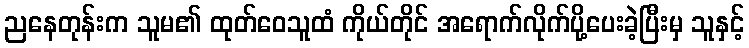
ညနေတုန်းက သူမ၏ ထုတ်ဝေသူထံ ကိုယ်တိုင် အရောက်လိုက်ပို့ပေးခဲ့ပြီးမှ သူနှင့်